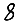
Digit: 8